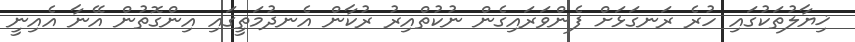
ޚިޔާލުތަކުގައި ހުރެ ރަނގަޅަށް ފެންވަރައިގެން ނުކުތްއިރު ރުކާން އެނދުމަތީގައި އިންގޮތުން އޭނާ އެއިނީ